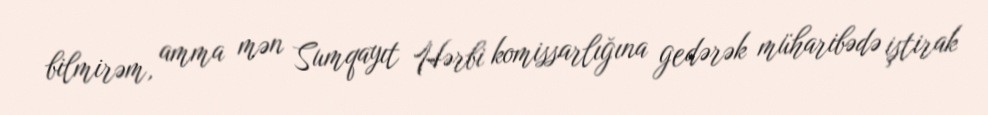
bilmirəm, amma mən Sumqayıt Hərbi komissarlığına gedərək müharibədə iştirak